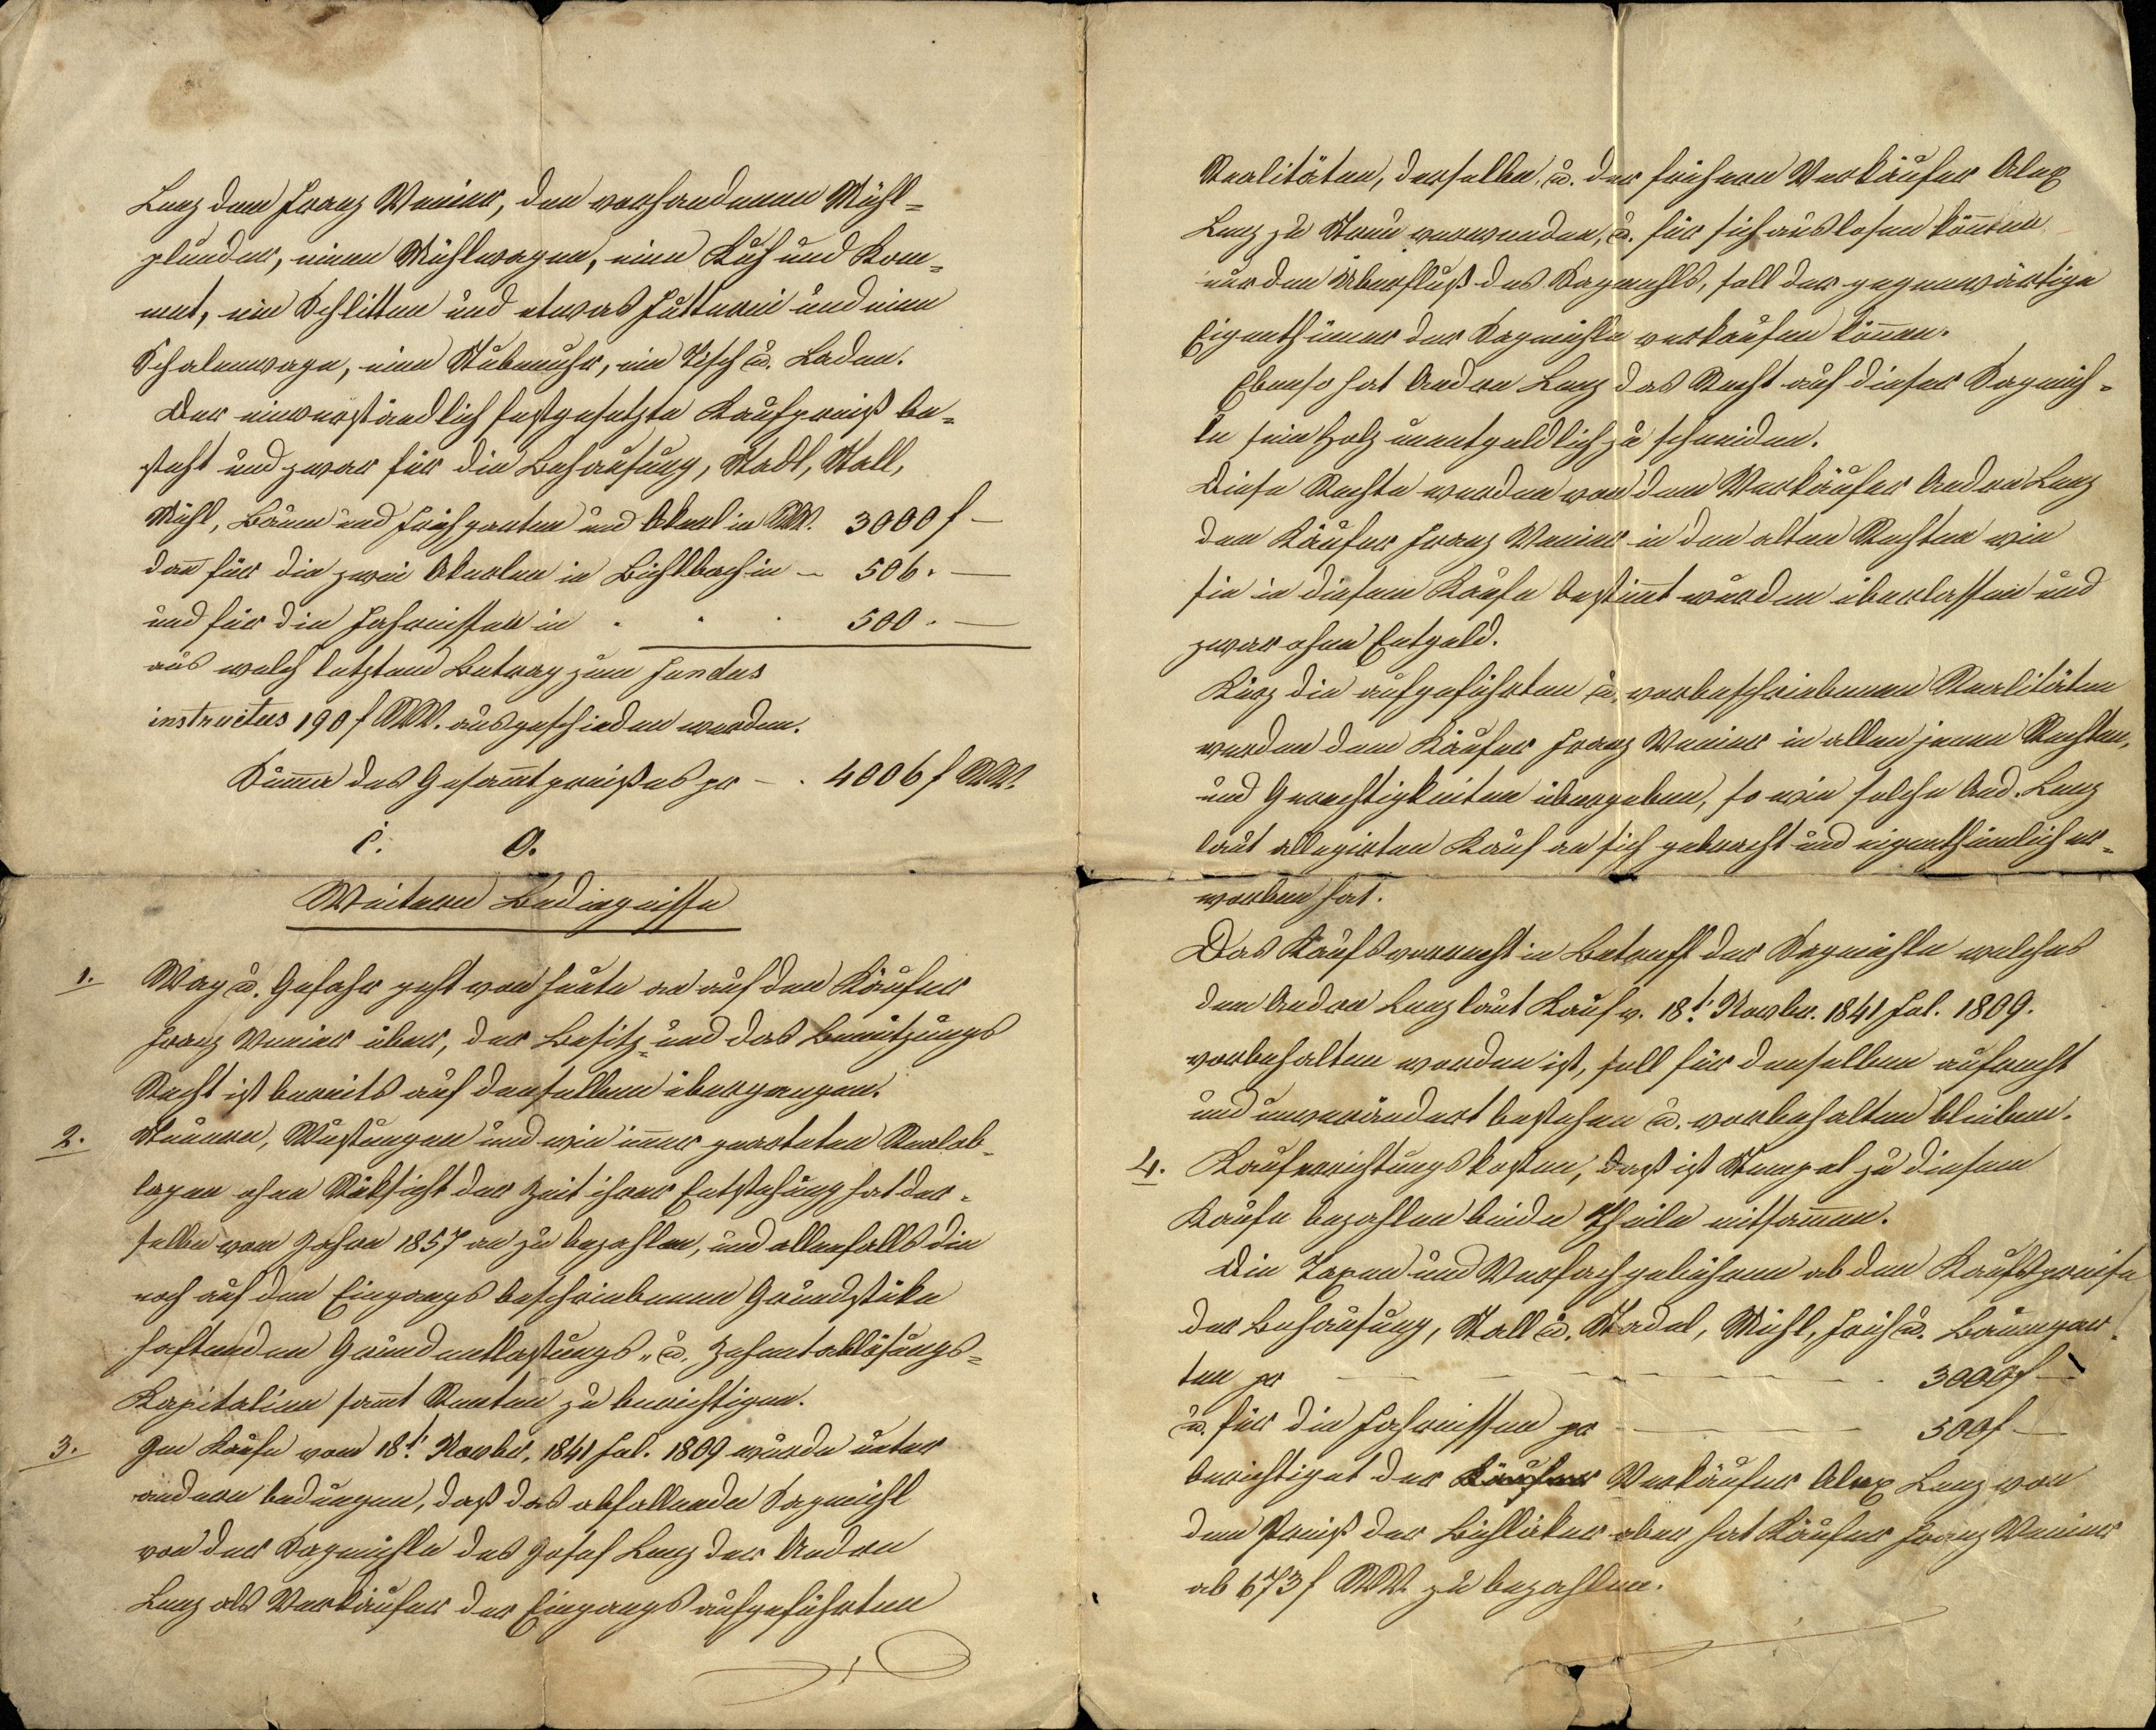
Realitäten, derselbe u. der frühere Verkäufer Alex
Lenz zu Streu verwenden, u. für sich auslosen könnten
nur den Überfluß des Sagmehls, soll der gegenwärtige
Eigenthümer der Sagmühle verkaufen können.
Ebenso hat Andre Lenz das Recht auf dieser Sagmüh¬
le sein Holz unentgeldlich zu schneiden.
Diese Rechte werden von dem Verkäufer Andre Lenz
dem Käufer Franz Venier in den alten Rechten wie
sie in diesem Kaufe bestimmt wurden überlassen und
zwar ohne Entgeld.
Kurz die aufgeführten u. vorbeschriebenen Realitäten
werden dem Käufer Franz Venier in allen jenen Rechten,
und Gerechtigkeiten übergeben, so wie solche And. Lenz
laut allegirten Kauf an sich gebracht und eigenthümlich er¬
worben hat.
Das Kaufsvorrecht in Betreff der Sagmühle welches
dem Andre Lenz laut Kauf v. 18.t Novbr. 1841 fol. 1809.
vorbehalten worden ist, soll für denselben aufrecht
und unverändert bestehen u. vorbehalten bleiben.
4. Kauferrichtungskosten, daß ist Stempel zu diesem
Kaufe bezahlen beide Theile mitsammen.
Die Taxen und Verfachgebühren ab den Kaufspreise
der Behausung, Stall u. Stadel, Mühl, Früh u. Baumgar¬
ten pr 3000 f —
u. für die Fahrnissen pr 500 f —
berichtiget der Käufer Verkäufer Alex Lenz von
dem Preiß der Bichläker aber hat Käufer Franz Venier
ab 673 f RW zu bezahlen.

Lenz dem Franz Venier, den vorhandenen Mühl¬
plunder, einen Mühlwagen, eine Kuh und Kom¬
met, ein Schlitten und etwas Futterei und eine
Schalenwage, eine Stubenuhr, ein Tisch u. Laden.
Der einverständlich festgesetzte Kaufpreiß be¬
steht und zwar für die Behausung, Stadl, Stall,
Mühl, Baum und Frühgarten und Akerl in RW. 3000 f —
dann für die zwei Akerlen in Bichlbach in 506 —
und für die Fahrnissen in 500 —
aus welch letztem Betrag zum fundus
instructus 190 f RW. ausgeschieden werden.
Summa des Gesammtpreißes pr 4006 f RW
C. O.
Weitere Bedingnisse
1. Wag u. Gefahr geht von heute an auf den Käufer
Franz Venier über, der Besitz- und das Benützungs
Recht ist bereits auf denselben übergangen.
2. Steuern, Wustungen und wie immer gearteten Realab¬
lagen ohne Rüksicht der Zeit ihrer Entstehung hat der¬
selbe vom Jahre 1857 an zu bezahlen, und allenfalls die
noch auf dem Eingangs beschriebenen Grundstüke
haftenden Grundentlastungs- u. Zehentablösungs¬
Kapitalien sammt Renten zu berichtigen.
3. Im Kaufe vom 18.t Novbr. 1841 fol. 1809 wurde unter
andern bedungen, daß das abfallende Sagmühl
von der Sagmühle des Josef Lenz der Andre
Lenz als Verkäufer der Eingangs aufgeführten